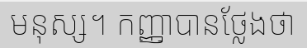
មនុស្ស។ កញ្ញាបានថ្លែងថា